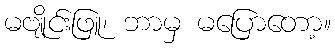
မဗျိုင်းဖြူ၊ ဘာမှ မပြောတော့။